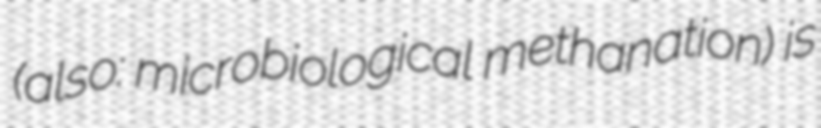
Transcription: (also: microbiological methanation) is